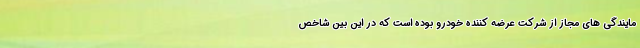
مایندگی های مجاز از شركت عرضه کننده خودرو بوده است که در این بین شاخص